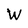
Character: W